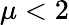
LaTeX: \mu<2